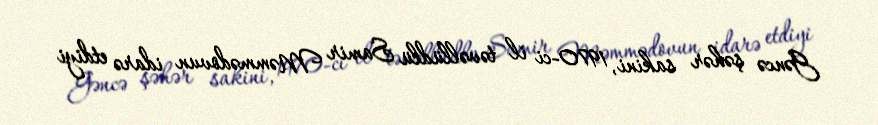
Gəncə şəhər sakini, 1970-ci il təvəllüdlü Samir Məmmədovun idarə etdiyi